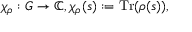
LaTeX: \chi _ { \rho } : G \to \mathbb { C } , \chi _ { \rho } ( s ) : = { \mathrm { T r } } ( \rho ( s ) ) ,